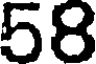
58